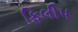
ફિલીપ